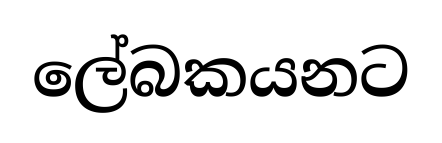
ලේබකයනට